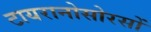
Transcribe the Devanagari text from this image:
टायरानोसोरसों